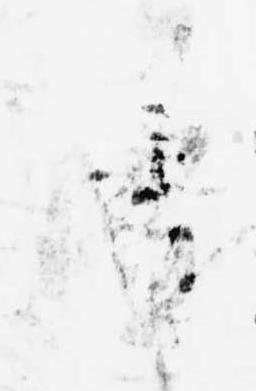
承